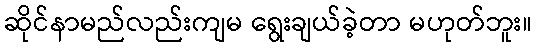
ဆိုင်နာမည်လည်းကျမ ရွေးချယ်ခဲ့တာ မဟုတ်ဘူး။